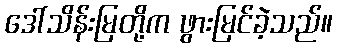
ဒေါ်သိန်းမြတို့က ဖွားမြင်ခဲ့သည်။